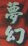
梦幻